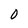
Character: 0